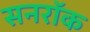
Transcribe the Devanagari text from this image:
सनरॉक